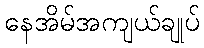
နေအိမ်အကျယ်ချုပ်